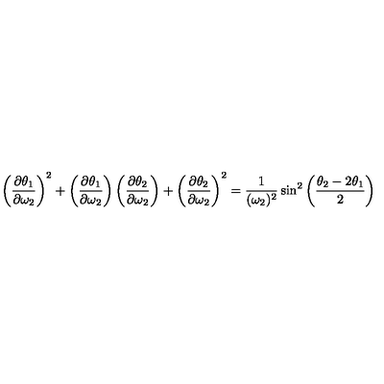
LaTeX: \left( { \frac { \partial \theta _ { 1 } } { \partial \omega _ { 2 } } } \right) ^ { 2 } + \left( { \frac { \partial \theta _ { 1 } } { \partial \omega _ { 2 } } } \right) \left( { \frac { \partial \theta _ { 2 } } { \partial \omega _ { 2 } } } \right) + \left( { \frac { \partial \theta _ { 2 } } { \partial \omega _ { 2 } } } \right) ^ { 2 } = { \frac { 1 } { ( \omega _ { 2 } ) ^ { 2 } } } \sin ^ { 2 } \left( { \frac { \theta _ { 2 } - 2 \theta _ { 1 } } { 2 } } \right)